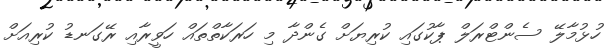
ހުޅުމާލޭ ސެންޓްރަލް ޕާކުގައި ކުރިޔަށް ގެންދާ މި ހަރަކާތްތައް ހަވީރާއި ރޭގަނޑު ކުރިއަށް